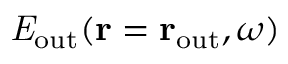
{ \it E } _ { \mathrm { o u t } } ( { \bf r } = { \bf r } _ { \mathrm { o u t } } , \omega )